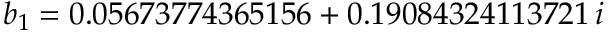
b _ { 1 } = 0 . 0 5 6 7 3 7 7 4 3 6 5 1 5 6 + 0 . 1 9 0 8 4 3 2 4 1 1 3 7 2 1 \, i